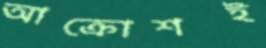
আক্রোশই